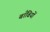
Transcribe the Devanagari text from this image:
बाँबियों